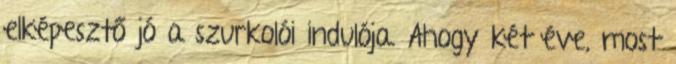
elképesztő jó a szurkolói indulója. Ahogy két éve, most